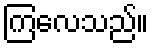
ကြလေသည်။